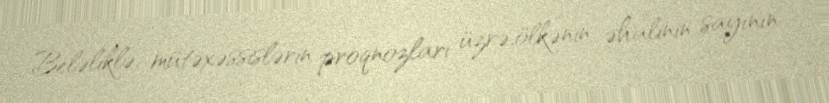
Beləliklə, mütəxəssislərin proqnozları üzrə,ölkənin əhalinin sayının